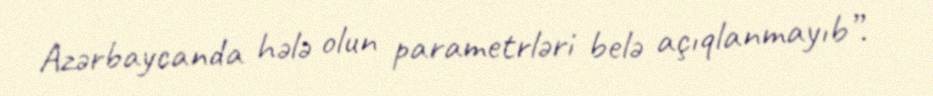
Azərbaycanda hələ olun parametrləri belə açıqlanmayıb”.